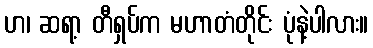
ဟ၊ ဆရာ့ တီရှပ်က မဟာတံတိုင်း ပုံနဲ့ပါလား။